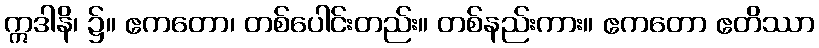
ဣဒါနိ၊ ၌။ ဧကတော၊ တစ်ပေါင်းတည်း။ တစ်နည်းကား။ ဧကတော ဧတိဿာ